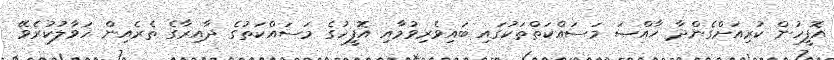
އޮފީހުން ކުރިއަށްގެންދާ ޚާއްޞަ މަސައްކަތްތަކުގައި ބައިވެރިވުމާއި އޮފީހުގެ މަސައްކަތުގެ ދާއިރާގެ ތެރެއިން ހަވާލުކުރެވޭ